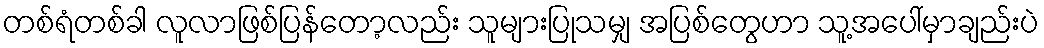
တစ်ရံတစ်ခါ လူလာဖြစ်ပြန်တော့လည်း သူများပြုသမျှ အပြစ်တွေဟာ သူ့အပေါ်မှာချည်းပဲ